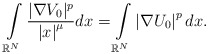
\begin{align*}\int\limits_{\mathbb{R}^{N}}\frac{|\nabla V_{0}|^{p}}{\left\vert x\right\vert ^{\mu}}dx=\int\limits_{\mathbb{R}^{N}}\left\vert \nabla U_{0}\right\vert ^{p}dx.\end{align*}